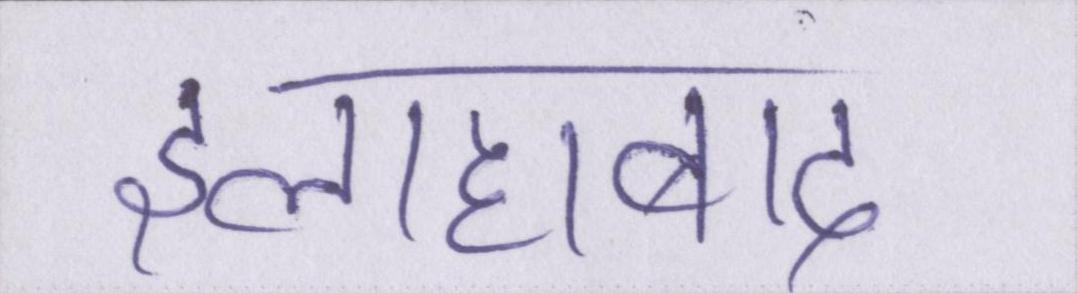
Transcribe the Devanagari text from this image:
इलाहाबाद